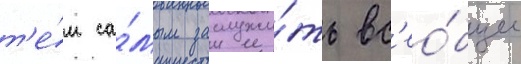
т'е́м са́мым заслужи́ть вс'ео́бщее